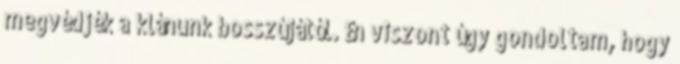
megvédjék a klánunk bosszújától. Én viszont úgy gondoltam, hogy